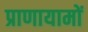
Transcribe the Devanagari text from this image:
प्राणायामों